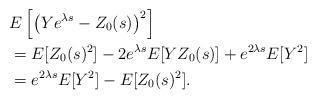
LaTeX: \begin{align*}&E\left[\left(Ye^{\lambda s}-Z_0(s)\right)^2\right]\\&=E[Z_0(s)^2]-2e^{\lambda s}E[YZ_0(s)]+e^{2\lambda s}E[Y^2]\\&=e^{2\lambda s}E[Y^2]-E[Z_0(s)^2].\end{align*}